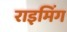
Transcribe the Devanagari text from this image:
राइमिंग